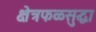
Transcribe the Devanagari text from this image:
क्षेत्रफळसुद्धा